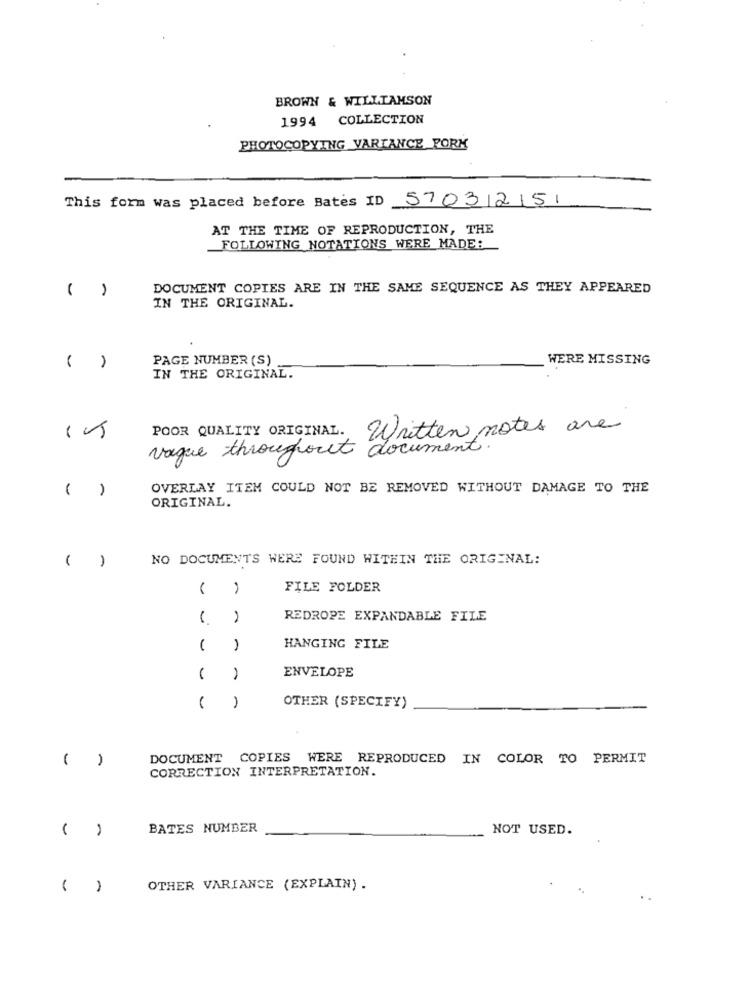
BROWN & WILLIAMSON
1994 COLLECTION
PHOTOCOPYING VARIANCE PORK
This form was placed before Bates ID 5703251
AT THE TIME OF REPRODUCTION, THE
FOLLOWING NOTATIONS WERE MADE:
DOCUMENT COPIES ARE IN THE SAME SEQUENCE AS THEY APPEARED
IN THE ORIGINAL.
PAGE NUMBER (S)
WERE MISSING
( )
IN THE ORIGINAL.
15
Written notes are
POOR QUALITY ORIGINAL.
vague throughout document
( )
OVERLAY ITEM COULD NOT BE REMOVED WITHOUT DAMAGE TO THE
ORIGINAL.
( )
NO DOCUMENTS WERE FOUND WITHIN THE ORIGINAL:
( )
FILE FOLDER
REDROPE EXPANDABLE FILE
HANGING FILE
ENVELOPE
OTHER (SPECIFY)
(
DOCUMENT COPIES WERE REPRODUCED IN COLOR TO PERMIT
CORRECTION INTERPRETATION.
( )
BATES NUMBER
NOT USED.
OTHER VARIANCE (EXPLAIN) .